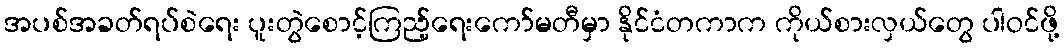
အပစ်အခတ်ရပ်စဲရေး ပူးတွဲစောင့်ကြည့်ရေးကော်မတီမှာ နိုင်ငံတကာက ကိုယ်စားလှယ်တွေ ပါဝင်ဖို့